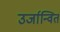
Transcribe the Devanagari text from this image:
उर्जान्वित